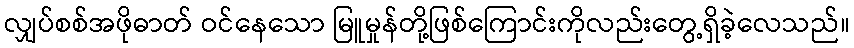
လျှပ်စစ်အဖိုဓာတ် ဝင်နေသော မြူမှုန်တို့ဖြစ်ကြောင်းကိုလည်းတွေ့ရှိခဲ့လေသည်။